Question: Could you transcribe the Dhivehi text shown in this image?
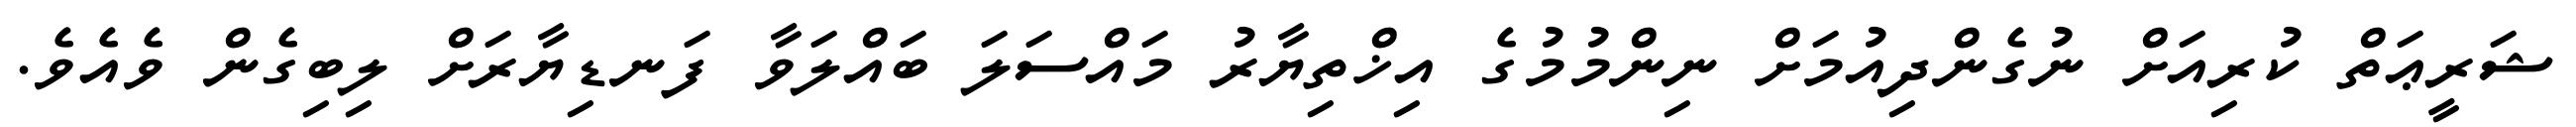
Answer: ޝަރީޢަތް ކުރިއަށް ނުގެންދިއުމަށް ނިންމުމުގެ އިޚްތިޔާރު މައްސަލަ ބައްލަވާ ފަނޑިޔާރަށް ލިބިގެން ވެއެވެ.